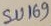
Text: SU169